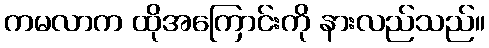
ကမလာက ထိုအကြောင်းကို နားလည်သည်။